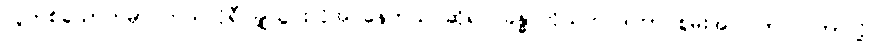
လူတစ်ယောက်မှာ ကယ်လိုရီ ချို့ယွင်းလိုအပ်နေတယ် ဆိုရင် ခန္ဓာကိုယ်က ဒါဟာ စွမ်းအင်ပြတ်လပ်တာလို့